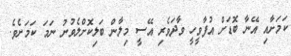
ކަމަށާއި އޭނާ ބޮޑަށް އުފާވީހީ ވާދަވެރި އޭސީ މިލާން ބަލިކޮށްލެވުނު ނަމަ ކަމަށެވެ.